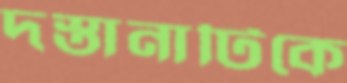
দস্তানাটিকে